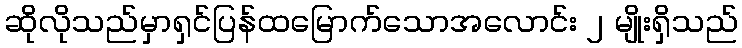
ဆိုလိုသည်မှာရှင်ပြန်ထမြောက်သောအလောင်း ၂ မျိုးရှိသည်